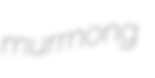
murrnong